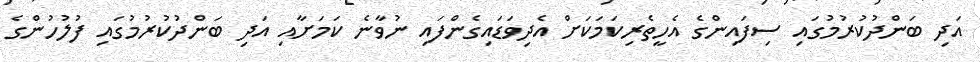
އަދި ބަންދުކުރުމުގައި ސިފައިންގެ އެހީތެރިކަމަކަށް އެދިވަޑައިގެންފައި ނުވާނެ ކަމަށާއި އަދި ބަންދުކުރުމުގައި ފުލުހުންގެ